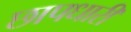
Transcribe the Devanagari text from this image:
छापधारी